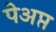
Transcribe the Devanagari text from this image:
पेअप्त